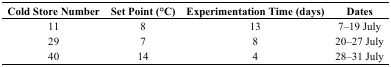
<table><thead><tr><td><b>Cold Store Number</b></td><td><b>Set Point (°C)</b></td><td><b>Experimentation Time (days)</b></td><td><b>Dates</b></td></tr></thead><tbody><tr><td>11</td><td>8</td><td>13</td><td>7–19 July</td></tr><tr><td>29</td><td>7</td><td>8</td><td>20–27 July</td></tr><tr><td>40</td><td>14</td><td>4</td><td>28–31 July</td></tr></tbody></table>